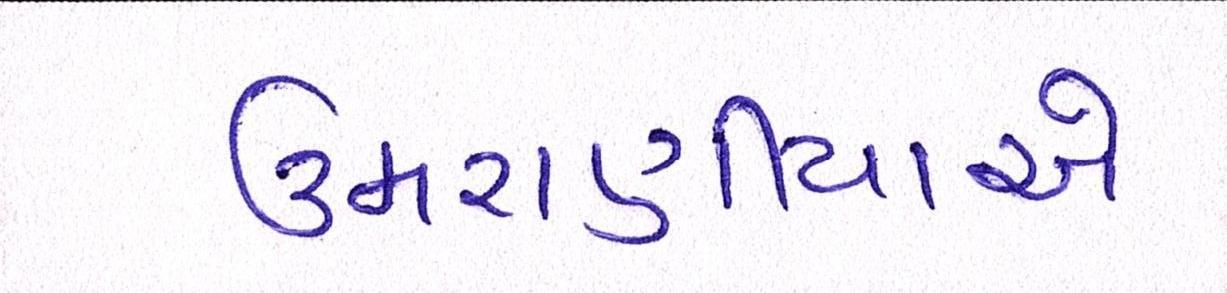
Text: ઉમરાણીયાએ